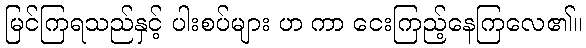
မြင်ကြရသည်နှင့် ပါးစပ်များ ဟ ကာ ငေးကြည့်နေကြလေ၏။